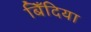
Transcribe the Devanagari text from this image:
बिँदिया